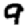
Digit: 9